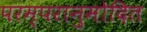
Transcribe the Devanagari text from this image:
परम्परानुमोदित